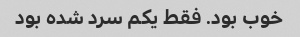
خوب بود. فقط یکم سرد شده بود